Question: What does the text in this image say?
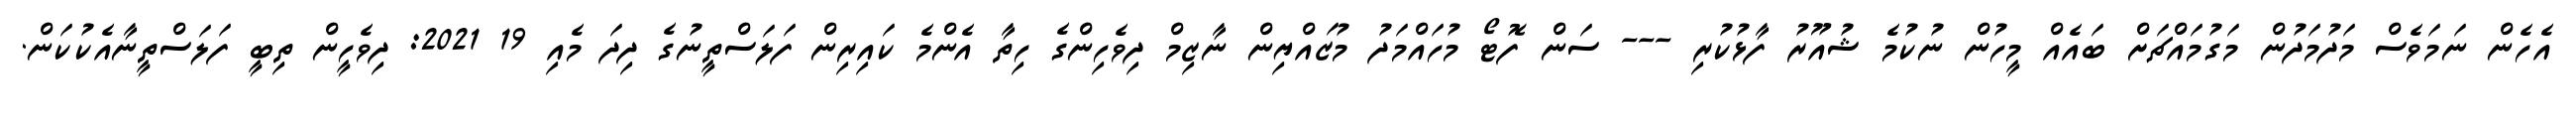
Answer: އެހެން ނަމަވެސް މަދުމަދުން މަގުމައްޗަށް ބައެއް މީހުން ނުކުމެ ޝުއޫރު ފާޅުކުރި --- ސަން ފޮޓޯ މުހައްމަދު މުޒައްޔިން ނާޒިމް ދިވެހިންގެ ހިތާ އެންމެ ކައިރިން ފަލަސްތީނުގެ ދިދަ މެއި 19 2021: ދިވެހީން ތިބީ ފަލަސްތީނާއެކުކަން.